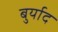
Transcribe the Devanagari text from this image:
बुर्याद